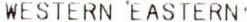
WESTERN EASTERN